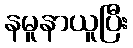
နမူနာယူပြီး